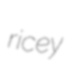
ricey